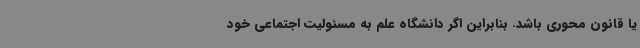
یا قانون محوری باشد. بنابراین اگر دانشگاه علم به مسئولیت اجتماعی خود